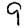
Digit: 9